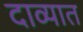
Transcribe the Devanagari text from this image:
दाव्यात